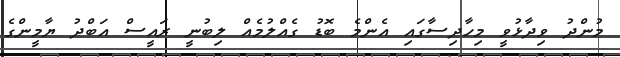
މުންދު ވިދާޅުވީ މިހާދިސާގައި އެންމެ ބޮޑު ގެއްލުމެއް ލިބުނީ ރައީސް އަބްދު ޔާމީންގެ